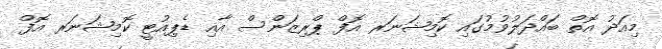
މިއަދު އޮތް ބައްދަލުވުމުގައި ކޮމިޝަނަރ އޮފް ޕްރިޒަންސް އާއި ޑެޕިއުޓީ ކޮމިޝަނަރ އޮފް